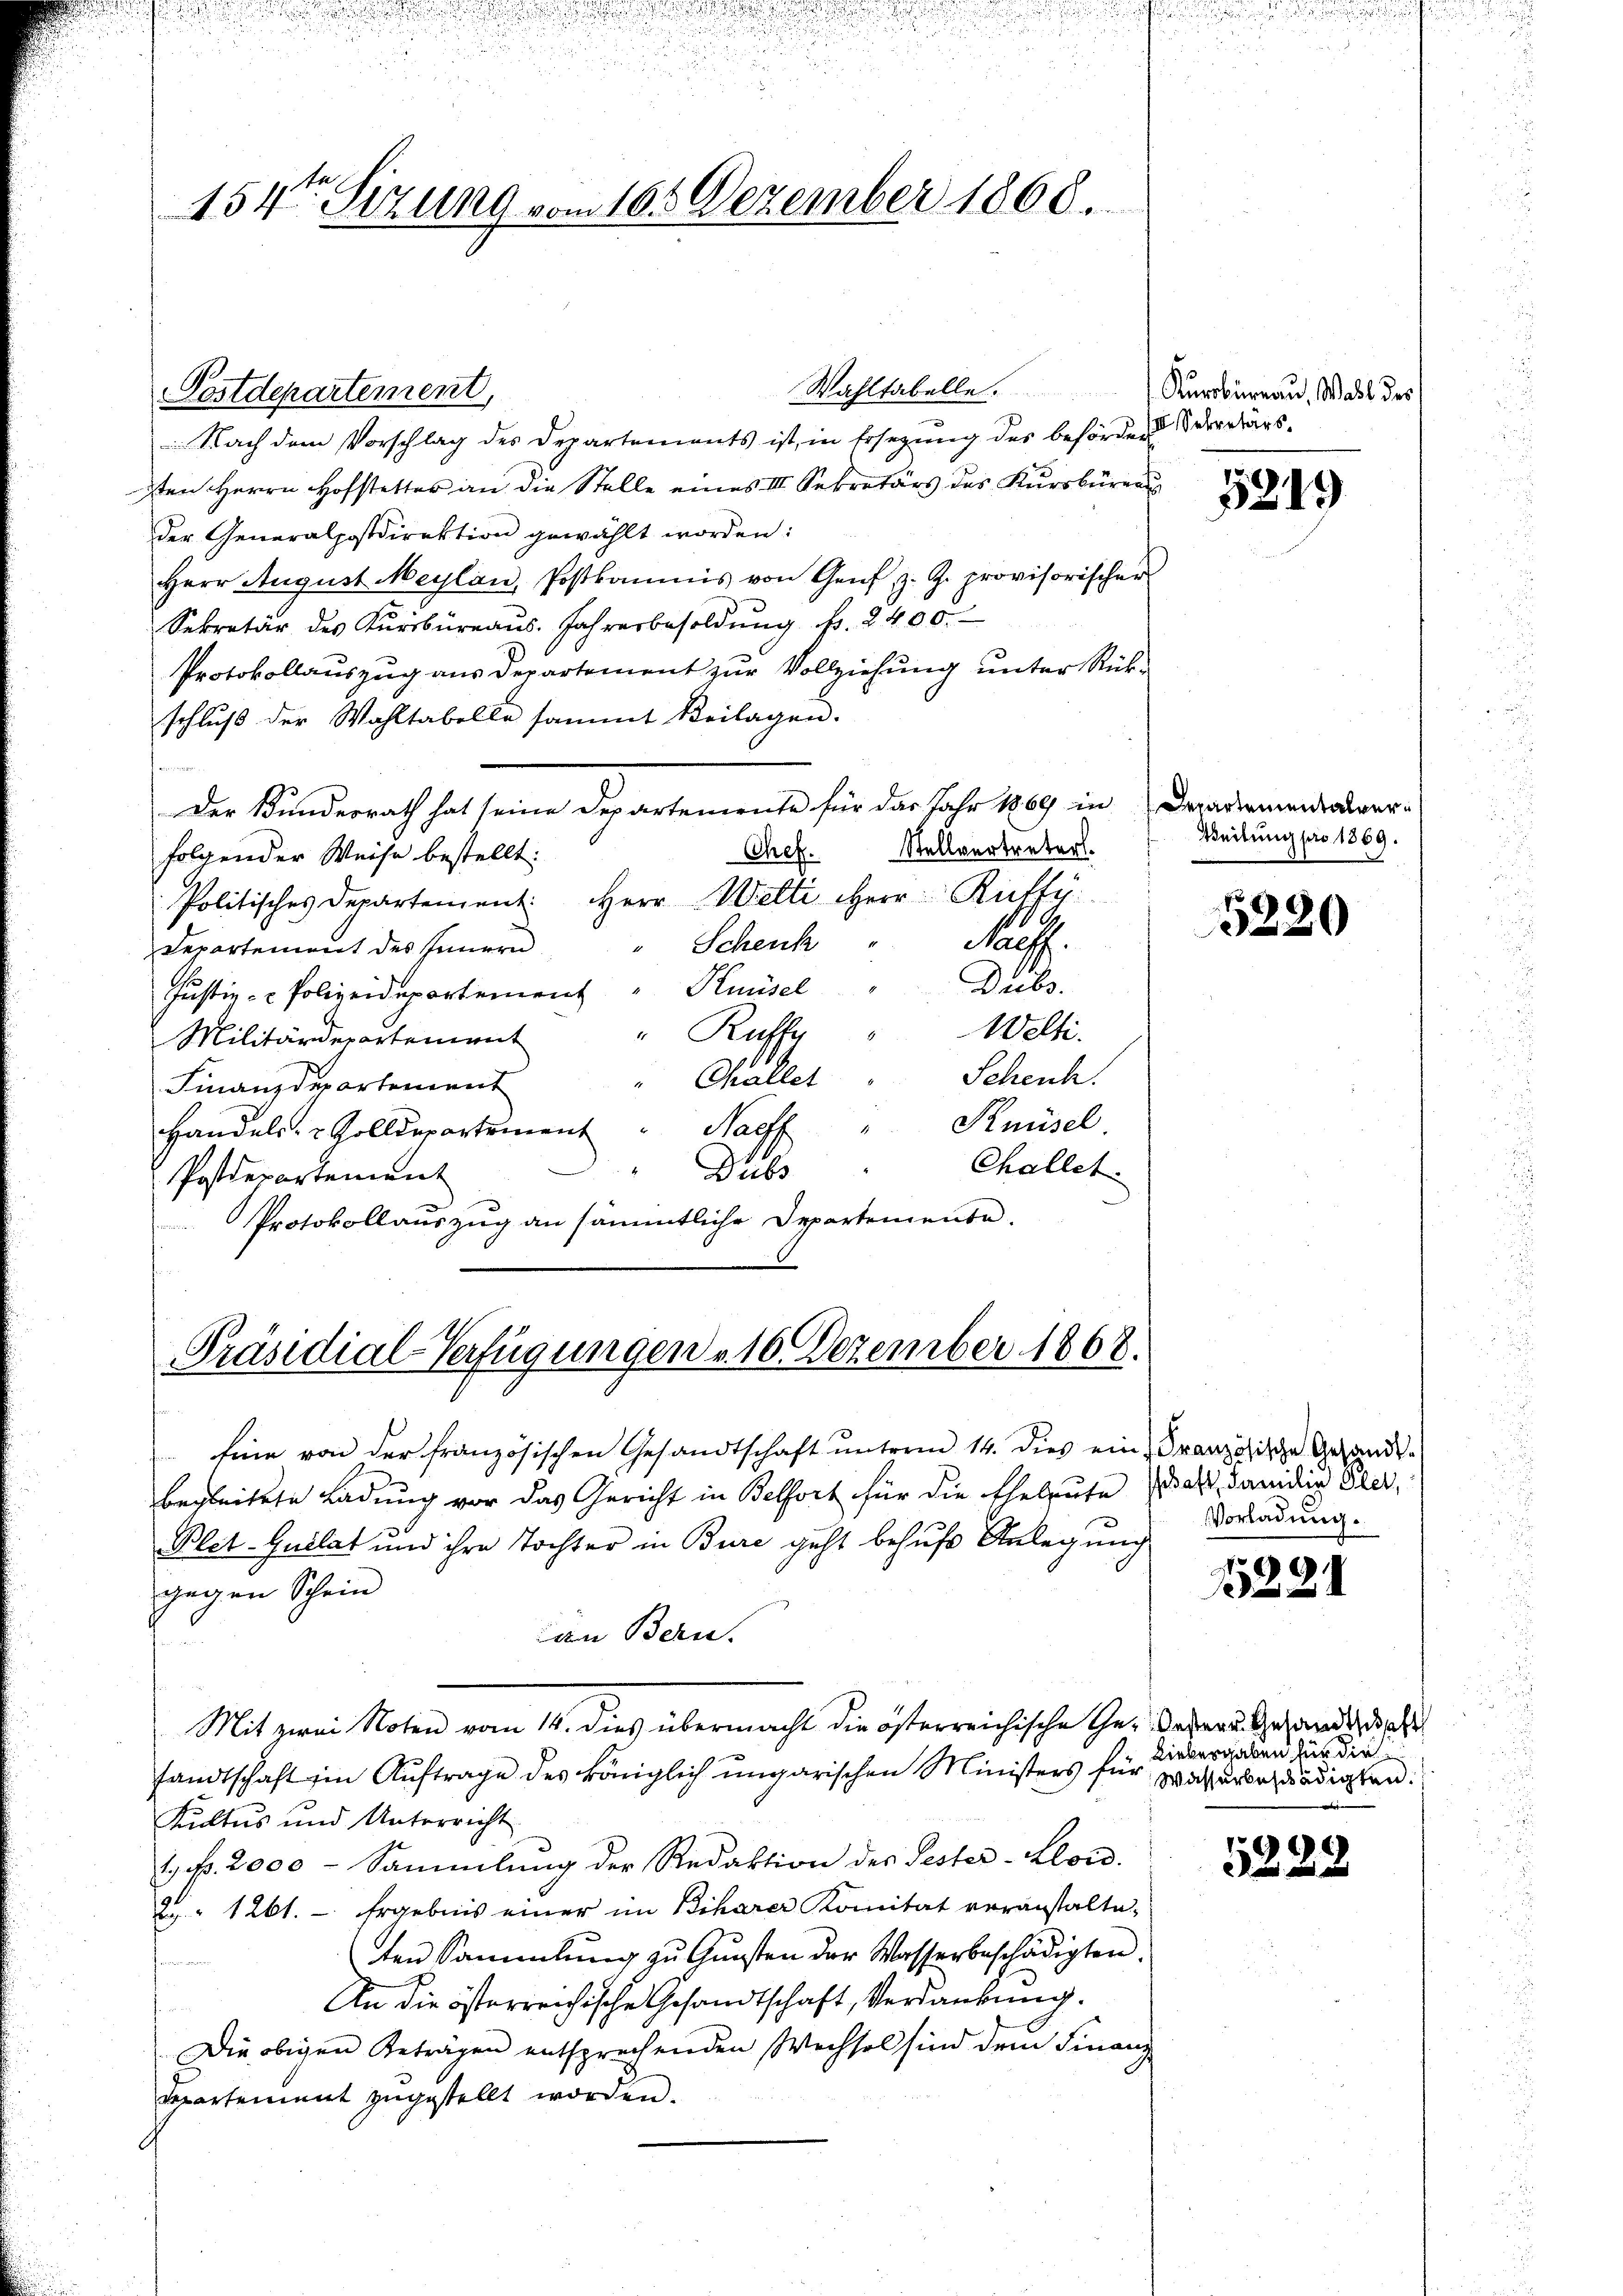
Wahltabelle.
Nach dem Vorschlag des Departements ist, in Ersetzŭng des beförder
sten Herrn Hofstetter an die Stelle eines III. Sekretärs des Kursbureaus
der Generalpostdirektion gewählt worden:
Herr August Maylan, Postkamnis von Genf, z. Z. provisorischer
Sekretär des Kursbureaus. Jahresbesoldung pr. 2400.
Protokollauszug aus Departement zur Vollziehung unter Rückschluß der Wahltabelle sammt Beilagen.
Der Kunderrath hat seine Departemente für das Jahr 1889 in Decademendialver-
Stellvertreters.
Chef.
folgender Weise bestellt:
Politisches Departement. Herr Welti Herr Ruffy.
hus.
Schenk
Departement des Innern
Diebs
Justiz- & Polizeidepartement Knüsel
Welti.
"Ruff
Militärdepartement
Scheuch.
" Challet
Finanzdepartement
Handels- & Zolldepartement " Harff " Knüsel.
Challet.

Dubs
Postdepartement
Protokollauszug an sämmtliche Departemente.

154ten Sizung vom 16. Dezember 1868.

Postdepartement,

u

Präsidial-Verfügungen u. 10. Dezember 1868.

Eine von der französischen Gesandtschaft ŭnterm 14. dies ein Französische Gesandt-
begleitete Ladung vor das Gericht in Belfort für die Eheleute daß, danidie Pler¬
Blet-Guilat und ihre Tochter in Bure geht behufs Anlegung
gegen Schein
an Bern.
Mit zwei Noten vom 14. dies übermacht die österreichische Ge- Befrau Gesandt h
sandtschaft im Auftrage des königlich ungarischen Ministers für Wasserbernädigten.
Kultus und Unterricht
1. f. 2000 - Sammlung der Redaktion des Pester-Elon.
2. " 1261. - Ergebnis einer im Biharer Komitat veranstalte,
ten Sammlung zu Gunsten der Wasserbeschädigten.
n
An die österreichische Gesandtschaft, Verdankung.
Die obigen Beträgen entsprechenden Wechsel sind dem Finanz
Repartement zugestellt worden.

Kurobureau, Wahl des
II. Sekretärs.

5219

Weilung pro 1869.

5220

Vorladung.

)
2x

Liebergaben für die

)
 und und und